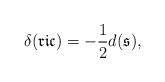
LaTeX: \begin{align*}\delta(\mathfrak{ric})=-\frac{1}{2}d (\mathfrak{s}),\end{align*}